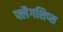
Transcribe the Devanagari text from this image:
फ्लैगशिप्‍स